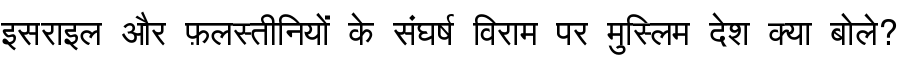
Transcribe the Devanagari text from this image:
इसराइल और फ़लस्तीनियों के संघर्ष विराम पर मुस्लिम देश क्या बोले?